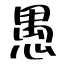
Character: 愚